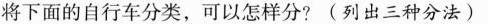
将下面的自行车分类，可以怎样分?(列出三种分法)